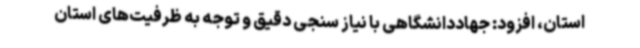
استان، افزود: جهاددانشگاهی با نیاز سنجی دقیق و توجه به ظرفیت‌های استان